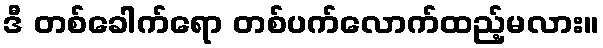
ဒီ တစ်ခေါက်ရော တစ်ပက်လောက်ထည့်မလား။